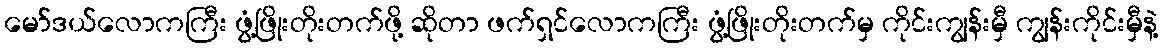
မော်ဒယ်လောကကြီး ဖွံ့ဖြိုးတိုးတက်ဖို့ ဆိုတာ ဖက်ရှင်လောကကြီး ဖွံ့ဖြိုးတိုးတက်မှ ကိုင်းကျွန်းမှီ ကျွန်းကိုင်းမှီနဲ့